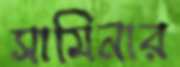
সামিনার